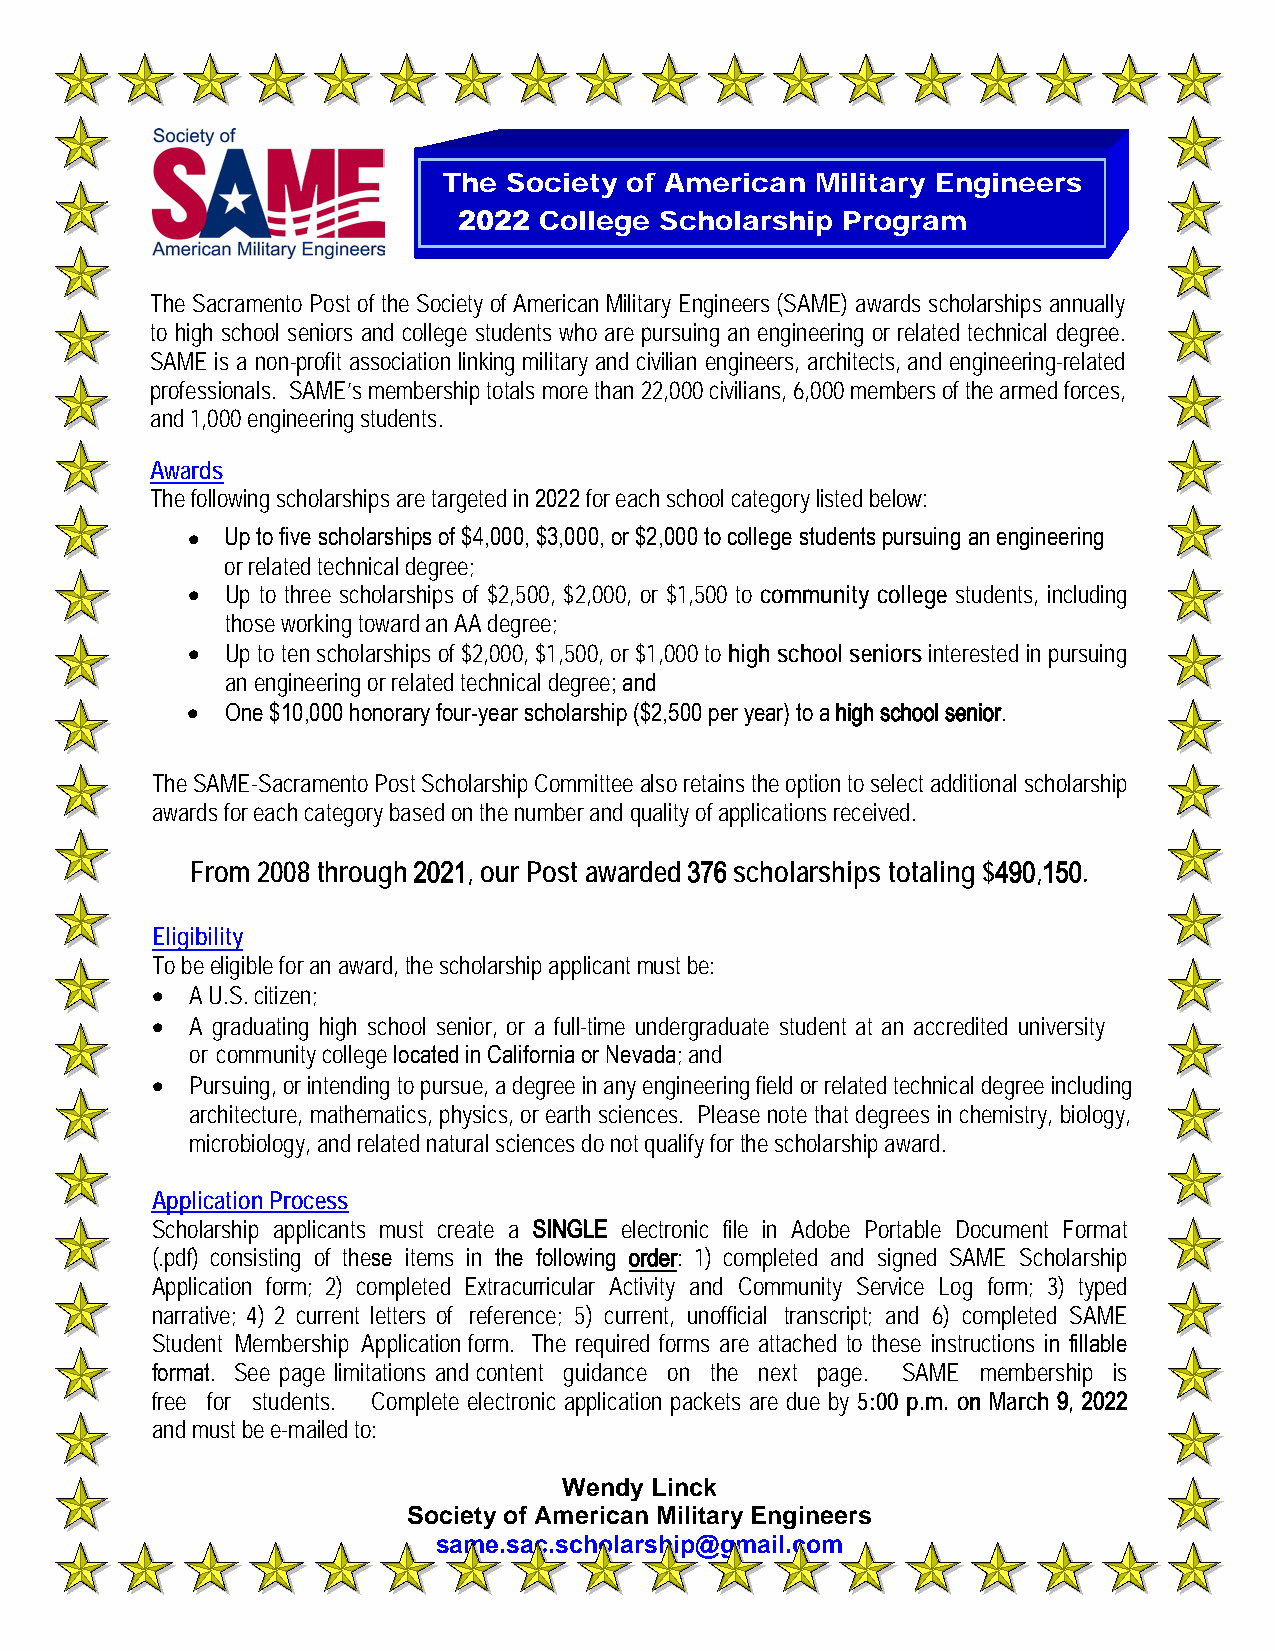
The  Society of American Military Engineers
 2022  College Scholarship Program
 The Sacramento Post of the Society of American Military Engineers (SAME) awards scholarships annually
 to high school seniors and college students who are pursuing an engineering or related technical degree.
 SAME is a non-profit association linking military and civilian engineers, architects, and engineering-related
 professionals. SAME’s membership totals more than 22,000 civilians, 6,000 members of the armed forces,
 and 1,000 engineering students.
 Awards
 The following scholarships are targeted in 2022 for each school category listed below:
 •  Up to five scholarships of $4,000, $3,000, or $2,000 to college students pursuing an engineering
 or related technical degree;
 •  Up to three scholarships of $2,500, $2,000, or $1,500 to community college students, including
 those working toward an AA degree;
 •  Up to ten scholarships of $2,000, $1,500, or $1,000 to high school seniors interested in pursuing
 an engineering or related technical degree; and
 •  One $10,000 honorary four-year scholarship ($2,500 per year) to a high school senior.
 The SAME-Sacramento Post Scholarship Committee also retains the option to select additional scholarship
 awards for each category based on the number and quality of applications received.
 From 2008 through 2021, our Post awarded 376 scholarships totaling $490,150.
 Eligibility
 To be eligible for an award, the scholarship applicant must be:
 •  A U.S. citizen;
 •  A graduating high school senior, or a full-time undergraduate student at an accredited university
 or community college located in California or Nevada; and
 •  Pursuing, or intending to pursue, a degree in any engineering field or related technical degree including
 architecture, mathematics, physics, or earth sciences. Please note that degrees in chemistry, biology,
 microbiology, and related natural sciences do not qualify for the scholarship award.
 Application Process
 Scholarship applicants must create a SINGLE electronic file in Adobe Portable Document Format
 (.pdf) consisting of these items in the following order: 1) completed and signed SAME Scholarship
 Application form; 2) completed Extracurricular Activity and Community Service Log form; 3) typed
 narrative; 4) 2 current letters of reference; 5) current, unofficial transcript; and 6) completed SAME
 Student Membership Application form. The required forms are attached to these instructions in fillable
 format. See page limitations and content guidance on the next page. SAME membership is
 free for students. Complete electronic application packets are due by 5:00 p.m. on March 9, 2022
 and must be e-mailed to:
 Wendy Linck
 Society of American Military Engineers
 same.sac.scholarship@gmail.com